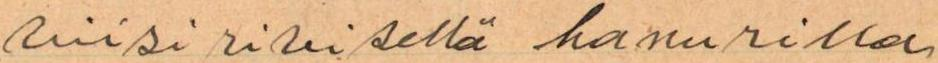
viisirivisellä hanurilla